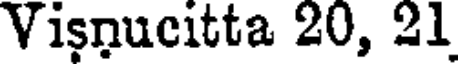
Visnucitta 20, 21